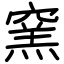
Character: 窯